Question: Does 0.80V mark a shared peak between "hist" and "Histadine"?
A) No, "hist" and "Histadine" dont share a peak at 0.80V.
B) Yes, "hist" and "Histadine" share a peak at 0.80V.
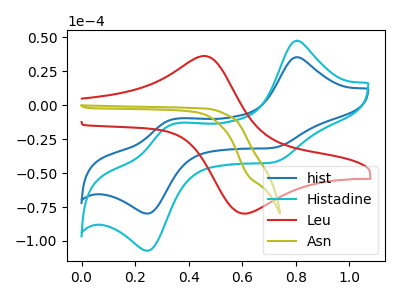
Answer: <think>The blue curve "hist" has anodic peaks at (0.80V, 35.30uA) (0.35V, -10.55uA) and cathodic peaks at (0.70V, -31.50uA) (0.25V, -79.80uA). The cyan curve "Histadine" has anodic peaks at (0.80V, 47.40uA) (0.35V, -14.15uA) and cathodic peaks at (0.70V, -42.30uA) (0.25V, -107.15uA). The red curve "Leu" has an anodic peak at (0.45V, 35.80uA) and a cathodic peak at (0.60V, -79.80uA). The olive curve "Asn" has no peaks.</think>
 <answer>B) Yes, "hist" and "Histadine" share a peak at 0.80V.</answer>
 <eval>B</eval>